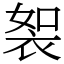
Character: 䘫